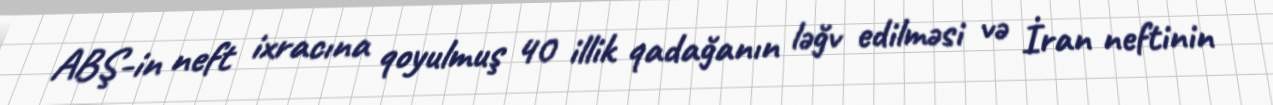
ABŞ-in neft ixracına qoyulmuş 40 illik qadağanın ləğv edilməsi və İran neftinin